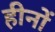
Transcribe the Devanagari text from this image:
हीनों